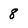
Character: 8